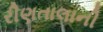
રીણતાલાની